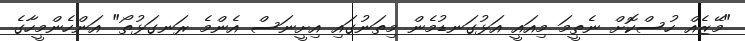
"މޭޒެއް ހުސްކޮށް ނެތީމަ މިއައީ އަޅުގަނޑުމެން މިތަނުގައި އިށީނަސް އެންމެ ރަނގަޅުތޯ" އަންހެންމީހާގެ